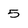
Character: 5